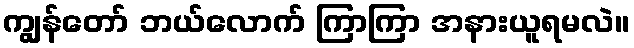
ကျွန်တော် ဘယ်လောက် ကြာကြာ အနားယူရမလဲ။